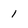
Character: 1